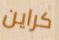
كراين